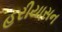
હરીયાસન